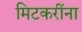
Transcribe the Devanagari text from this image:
मिटकरींना